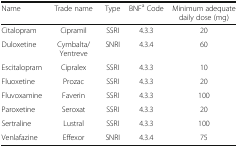
<table><thead><tr><td><b>Name</b></td><td><b>Trade name</b></td><td><b>Type</b></td><td><b>BNF<sup>a</sup> Code</b></td><td><b>Minimum adequate daily dose (mg)</b></td></tr></thead><tbody><tr><td>Citalopram</td><td>Cipramil</td><td>SSRI</td><td>4.3.3</td><td>20</td></tr><tr><td>Duloxetine</td><td>Cymbalta/ Yentreve</td><td>SNRI</td><td>4.3.4</td><td>60</td></tr><tr><td>Escitalopram</td><td>Cipralex</td><td>SSRI</td><td>4.3.3</td><td>10</td></tr><tr><td>Fluoxetine</td><td>Prozac</td><td>SSRI</td><td>4.3.3</td><td>20</td></tr><tr><td>Fluvoxamine</td><td>Faverin</td><td>SSRI</td><td>4.3.3</td><td>100</td></tr><tr><td>Paroxetine</td><td>Seroxat</td><td>SSRI</td><td>4.3.3</td><td>20</td></tr><tr><td>Sertraline</td><td>Lustral</td><td>SSRI</td><td>4.3.3</td><td>100</td></tr><tr><td>Venlafazine</td><td>Effexor</td><td>SNRI</td><td>4.3.4</td><td>75</td></tr></tbody></table>